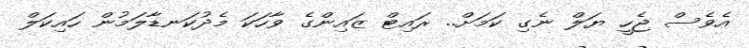
އެވެސް ޖެހީ ޔަލް ނެގި ކަމަށް.. ރައިޓް ޒައިންގެ ވާހަކަ މެދުކަނޑާލަމުން ހައިކަލް